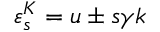
\varepsilon _ { s } ^ { K } = u \pm s \gamma k